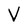
Character: V